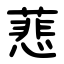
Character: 蕜